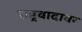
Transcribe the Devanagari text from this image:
राष्ट्रवादावर